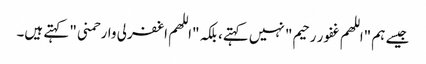
جیسے ہم "اللهم غفور رحیم" نہیں کہتے، بلکہ "اللهم اغفرلی وارحمنی" کہتے ہیں۔